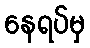
နေရပ်မှ